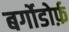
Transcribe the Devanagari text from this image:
बर्गोडोर्फ़